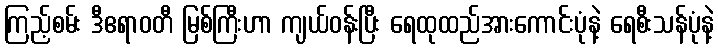
ကြည့်စမ်း ဒီဧရာဝတီ မြစ်ကြီးဟာ ကျယ်ဝန်းပြီး ရေထုထည်အားကောင်းပုံနဲ့ ရေစီးသန်ပုံနဲ့